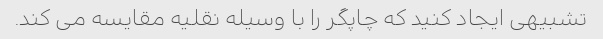
تشبیهی ایجاد کنید که چاپگر را با وسیله نقلیه مقایسه می کند.